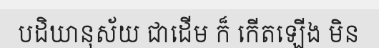
បដិឃានុស័យ ជាដើម ក៏ កើតឡើង មិន